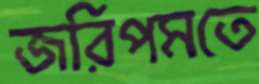
জরিপমতে